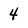
Character: 4